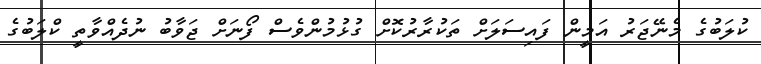
ކުލަބުގެ މެނޭޖަރު އަމީން ފައިސަލަށް ތަކުރާރުކޮށް ގުޅުމުންވެސް ފޯނަށް ޖަވާބު ނުދެއްވާތީ ކްލަބުގެ